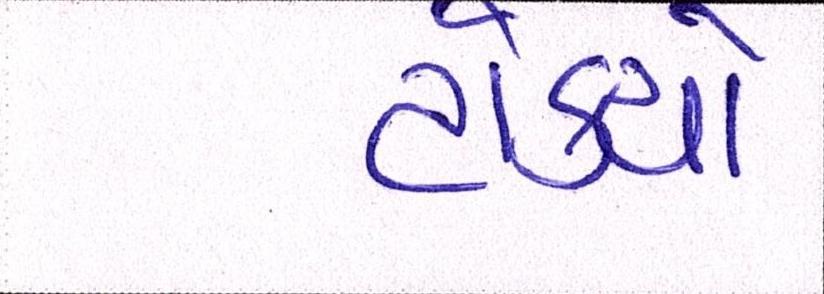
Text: ટોક્યો